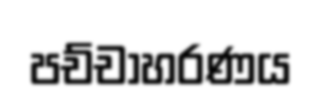
පච්චාහරණය